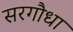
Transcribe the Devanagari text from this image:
सरगौधा